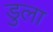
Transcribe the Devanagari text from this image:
डुला